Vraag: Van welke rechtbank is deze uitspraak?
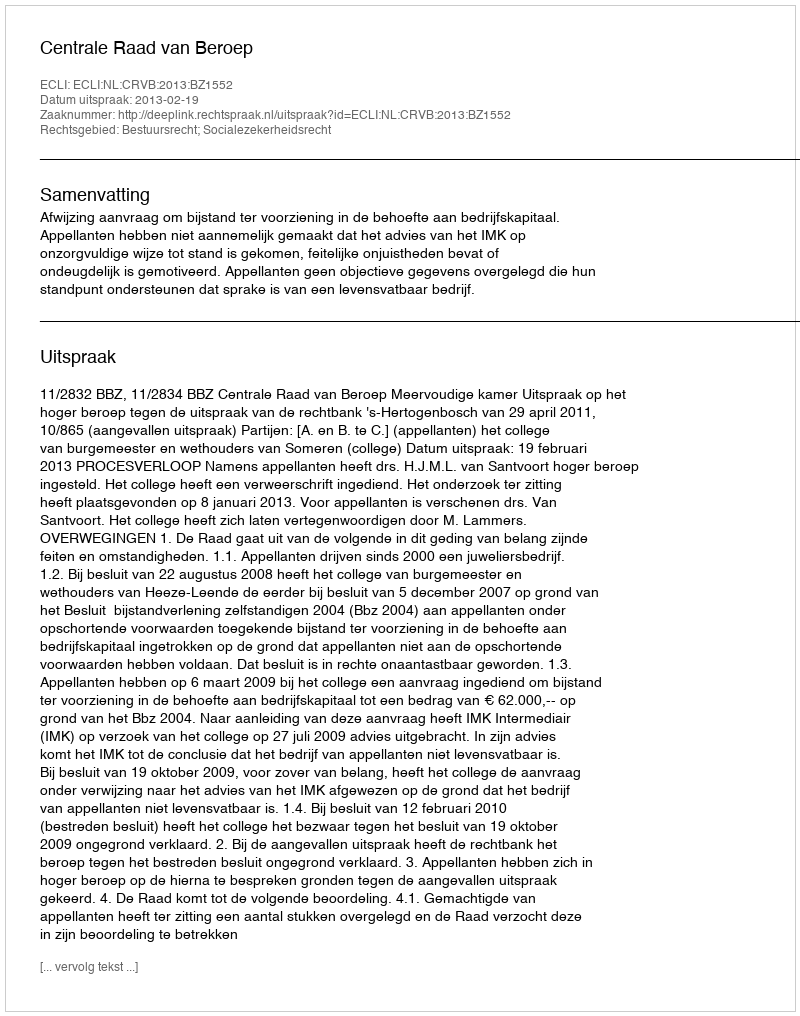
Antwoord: Centrale Raad van Beroep